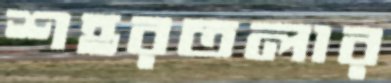
শহরতলার